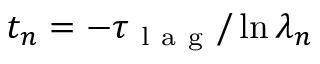
t _ { n } = - \tau _ { \mathrm { ~ l ~ a ~ g ~ } } / \ln { \lambda _ { n } }